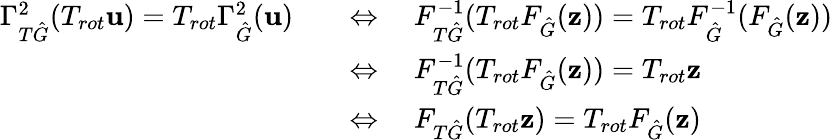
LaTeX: \begin{array}{rl}{\Gamma_{T\hat{G}}^{2}(T_{rot}\mathbf{u})=T_{rot}\Gamma_{\hat{G}}^{2}(\mathbf{u})}&{\quad\Leftrightarrow\quad F_{T\hat{G}}^{-1}(T_{rot}F_{\hat{G}}(\mathbf{z}))=T_{rot}F_{\hat{G}}^{-1}(F_{\hat{G}}(\mathbf{z}))}\\ &{\quad\Leftrightarrow\quad F_{T\hat{G}}^{-1}(T_{rot}F_{\hat{G}}(\mathbf{z}))=T_{rot}\mathbf{z}}\\ &{\quad\Leftrightarrow\quad F_{T\hat{G}}(T_{rot}\mathbf{z})=T_{rot}F_{\hat{G}}(\mathbf{z})}\end{array}